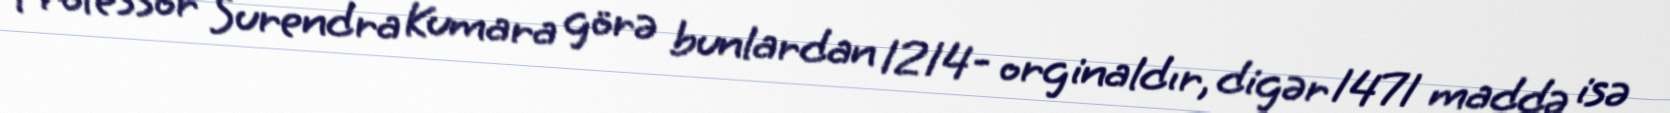
Professor Surendra Kumara görə bunlardan 1214- orginaldır, digər 1471 maddə isə